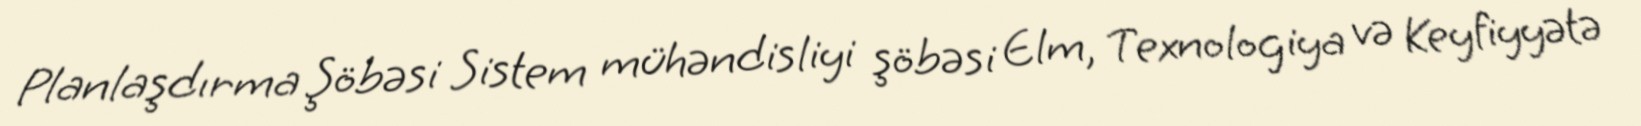
Planlaşdırma Şöbəsi Sistem mühəndisliyi şöbəsi Elm, Texnologiya və Keyfiyyətə